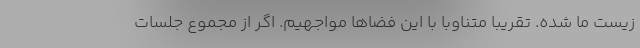
زیست ما شده. تقریبا متناوبا با این فضاها مواجهیم. اگر از مجموع جلسات